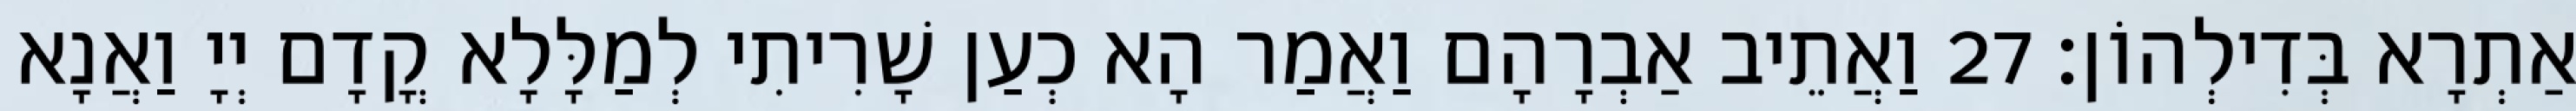
אַתְרָא בְּדִילְהוֹן׃ 27 וַאֲתֵיב אַבְרָהָם וַאֲמַר הָא כְעַן שָׁרִיתִי לְמַלָּלָא קֳדָם יְיָ וַאֲנָא